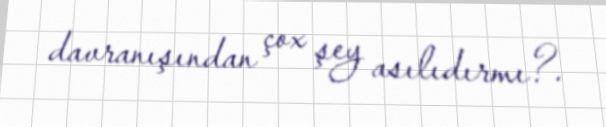
davranışından çox şey asılıdırmı?.